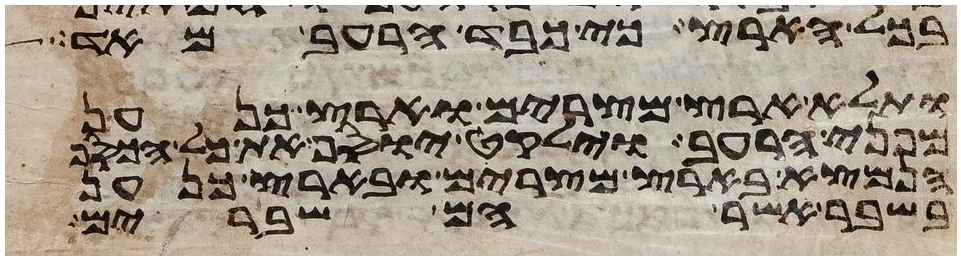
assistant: בכל הארץ כי כבד הרעב מאד
ותלא ארץ מצרים וארץ כנען
מפני הרעב וילקט יוסף את כל הכסף
הנמצא בארץ מצרים ובארץ כנען
בשבר אשר הם שברים